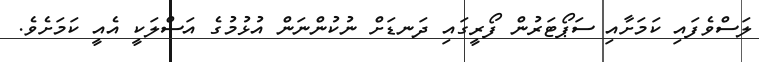
ލަސްވެފައި ކަމަށާއި ސަޕޯޓަރުން ފޯރީގައި ދަނޑަށް ނުކުންނަން އުޅުމުގެ އަސްލަކީ އެއީ ކަމަށެވެ.